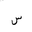
Letter: _sin